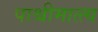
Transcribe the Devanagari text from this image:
पाश्चीमात्त्य